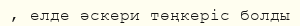
, елде әскери төңкеріс болды